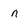
Character: n